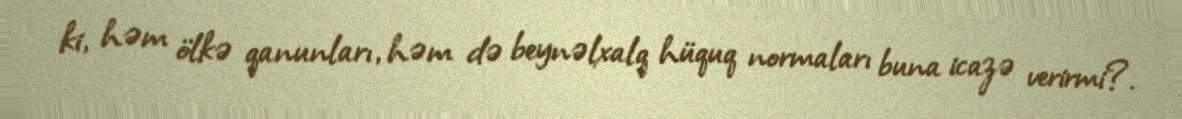
ki, həm ölkə qanunları, həm də beynəlxalq hüquq normaları buna icazə verirmi?.